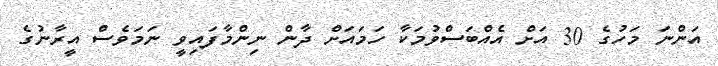
އަންނަ މަހުގެ 30 އަށް އެއްބަސްވުމަކާ ހަމައަށް ދާން ނިންމާފައިވީ ނަމަވެސް އީރާނުގެ